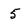
Character: 5